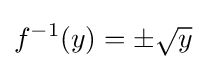
f^{-1}(y)=\pm {\sqrt {y}}